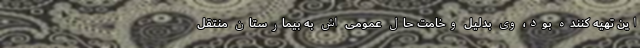
این تهیه کننده بود، وی بدلیل وخامت حال عمومی اش به بیمارستان منتقل